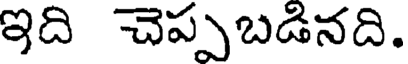
ఇది చెప్పబడినది.